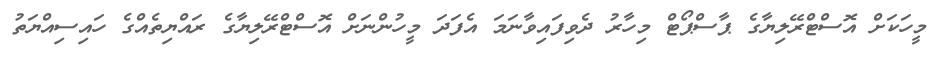
މީހަކަށް އޮސްޓްރޭލިޔާގެ ޕާސްޕޯޓް މިހާރު ދެވިފައިވާނަމަ އެފަދަ މީހުންނަށް އޮސްޓްރޭލިޔާގެ ރައްޔިތެއްގެ ހައިސިއްޔަތު